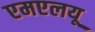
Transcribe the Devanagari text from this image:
एमएलयू